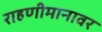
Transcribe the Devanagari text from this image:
राहणीमानावर